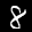
Label: 8